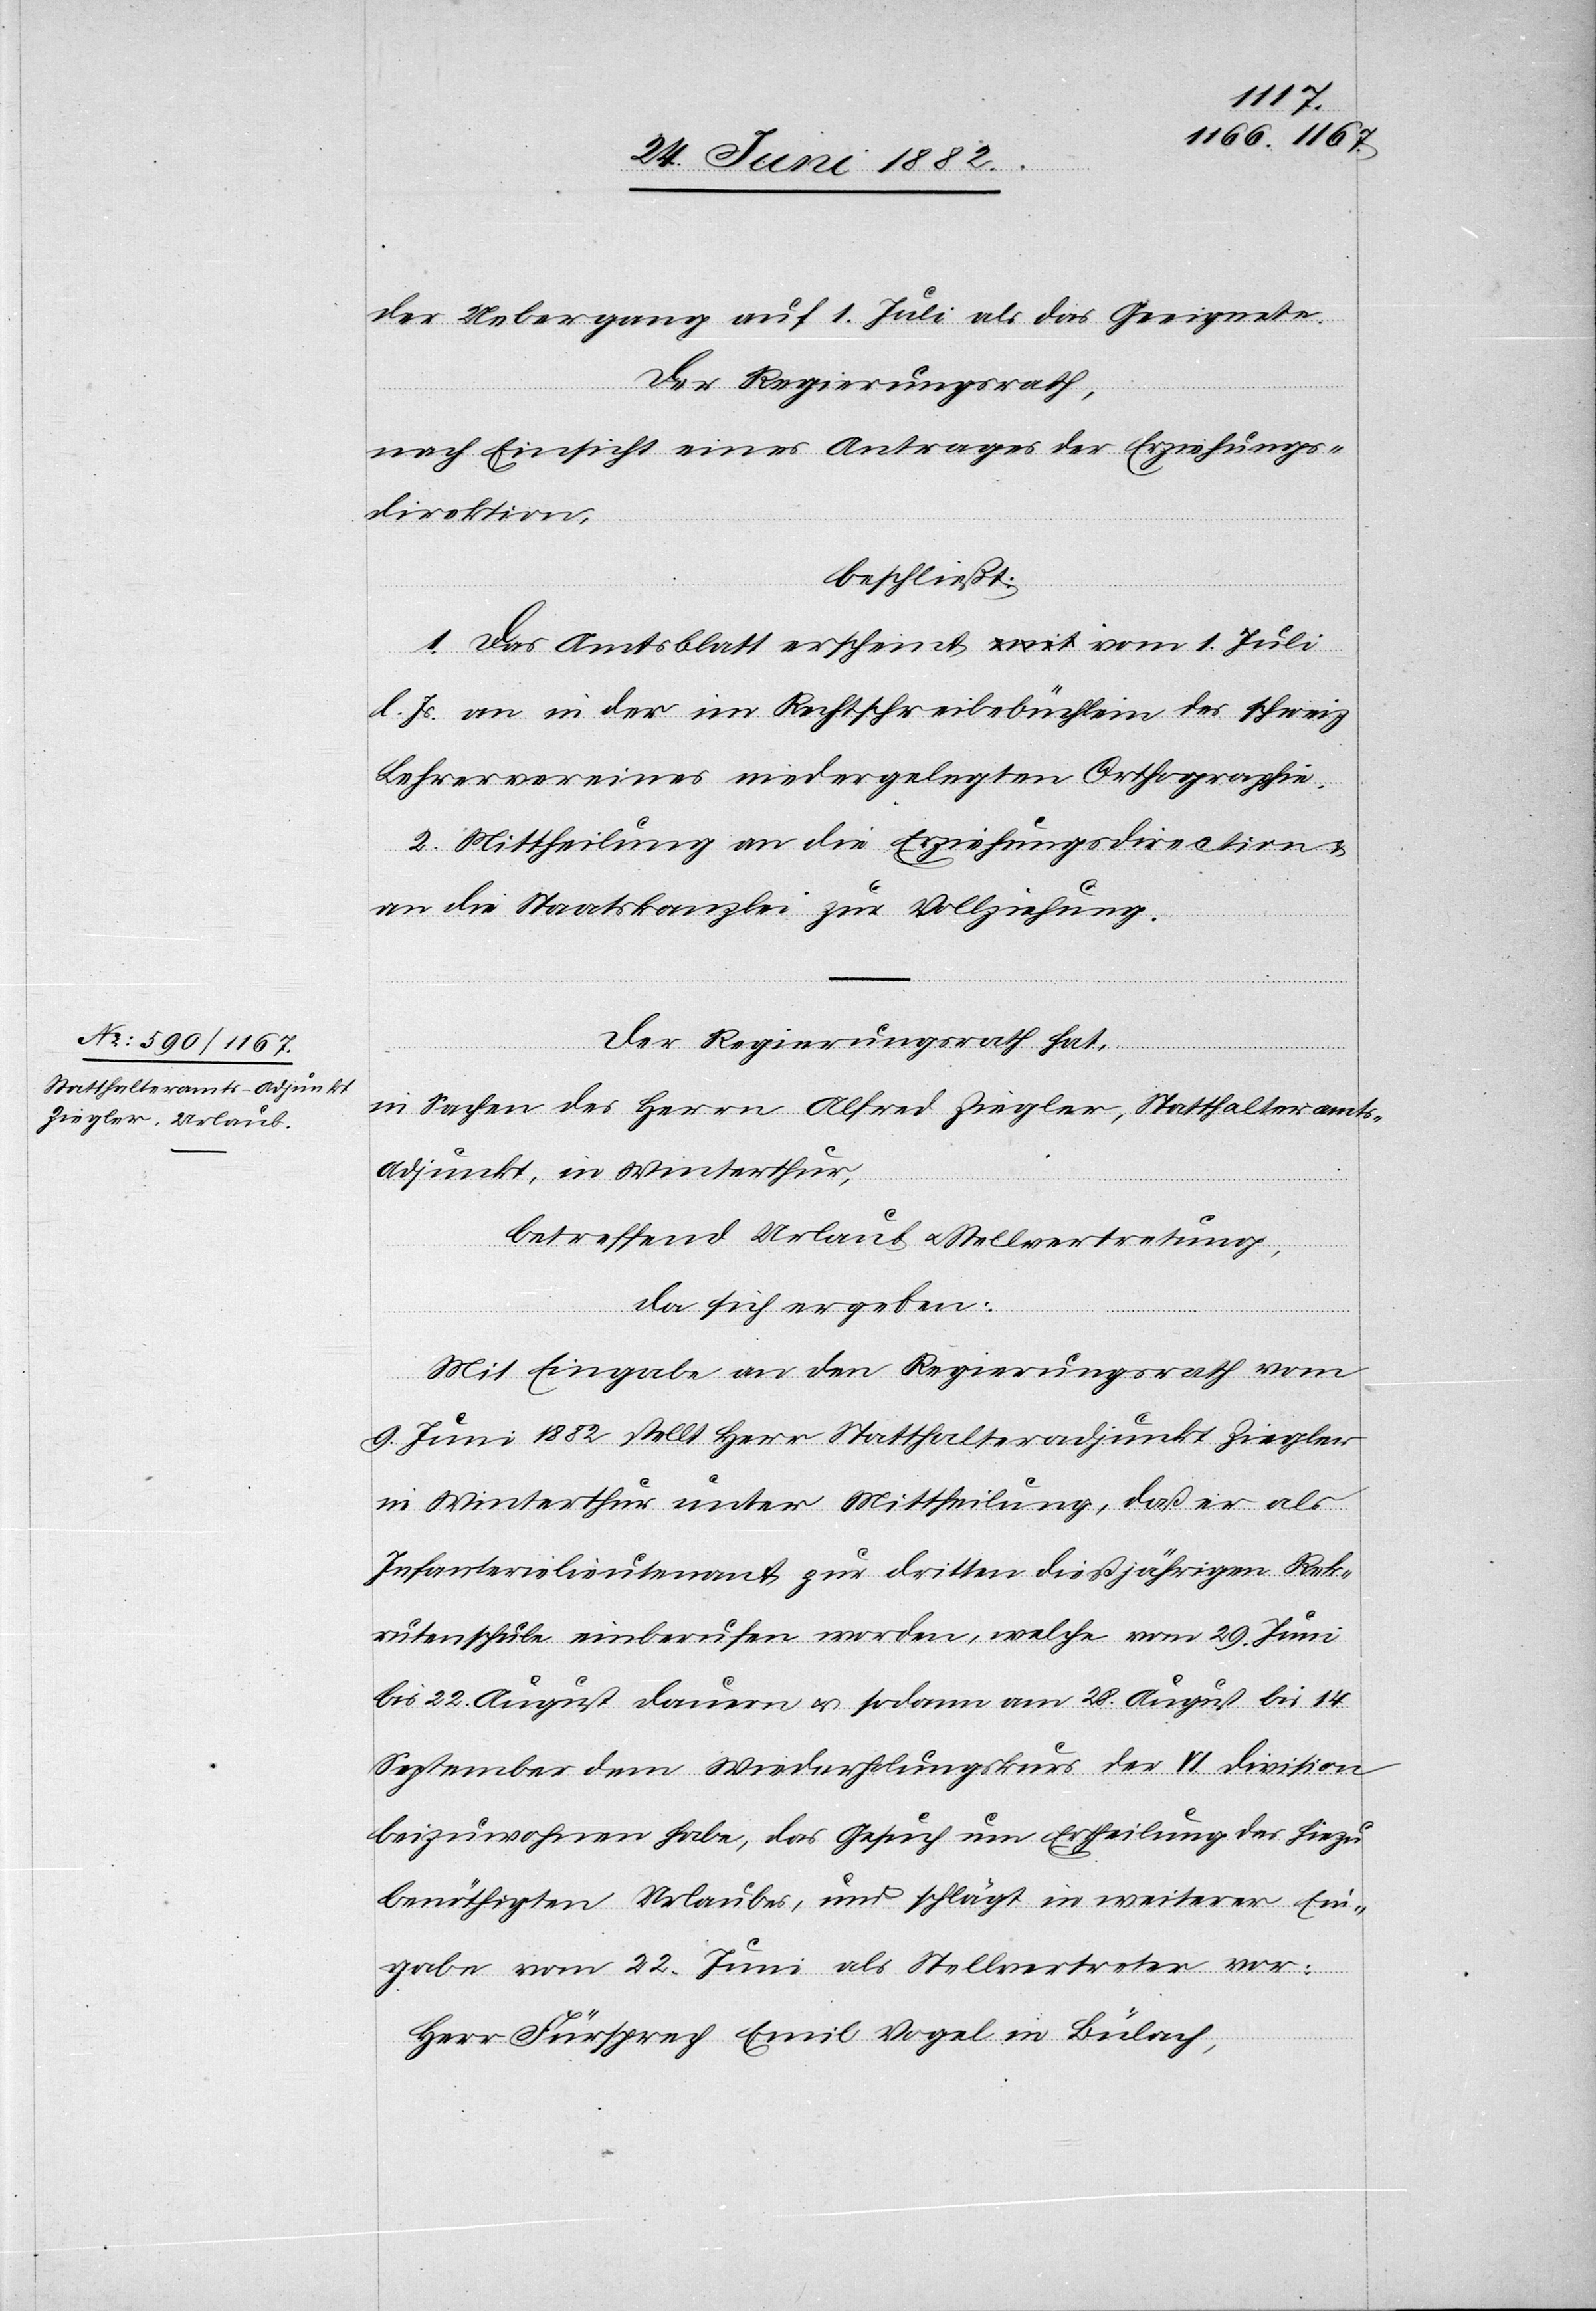
der Uebergang auf 1. Juli als das Geeignete.
Der Regierungsrath,
nach Einsicht eines Antrages der Erziehungs¬
direction,
beschließt:
1. Das Amtsblatt erscheint vom 1. Juli
l. Js. an in der im Rechtschreibbüchlein des schweiz.
Lehrervereins niedergelegten Orthographie.
2. Mittheilung an die Erziehungsdirection
an die Staatskanzlei zur Vollziehung.
Der Regierungsrath hat,
in Sachen des Herrn Alfred Ziegler, Statthalteramts-A¬
djunkt, in Winterthur,
betreffend Urlaub u. Stellvertretung,
da sich ergeben:
Mit Eingabe an den Regierungsrath vom
9. Juni 1882 stellt Herr Statthalteradjunkt Ziegler
in Winterthur unter Mittheilung, daß er als
Infanterielieutenant zur dritten dießjährigen Rek¬
rutenschule einberufen worden, welche vom 29. Juni
bis 22. August dauern u. sodann am 28. August bis 14.
September dem Wiederholungskurs der IV. Division
beizuwohnen habe, das Gesuch um Ertheilung des hiezu
benöthigten Urlaubes, und schlägt in weiterer Ein¬
gabe vom 22. Juni als Stellvertreter vor:
Herrn Fürsprech Emil Vogel von Bülach,